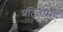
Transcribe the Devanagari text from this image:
प्रतितामह